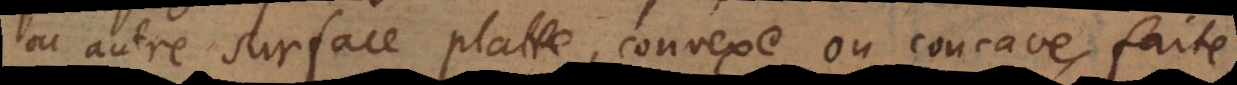
ou autre surface platte, convexe ou concave, faite